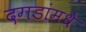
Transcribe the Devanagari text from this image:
दगडांमधे